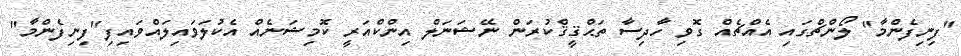
"ފިނިފެންމާ" ލޯންޗްގައި އެއްޗެއް ގޮވިި ހާދިސާ ތަޙްޤީޤްކުރަން ނޭޝަނަލް އިންކްއަރީ ކޮމިޝަނެއް އެކުލަވައިލައްވައިފި"ފިނިފެންމާ"